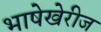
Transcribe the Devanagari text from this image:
भाषेखेरीज